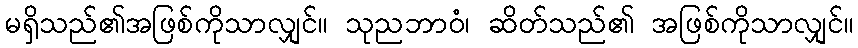
မရှိသည်၏အဖြစ်ကိုသာလျှင်။ သုညဘာဝံ၊ ဆိတ်သည်၏ အဖြစ်ကိုသာလျှင်။